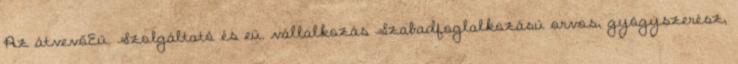
Az átvevőEü. Szolgáltató és eü. vállalkozás Szabadfoglalkozású orvos, gyógyszerész,